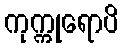
ကုက္ကုရောပိ